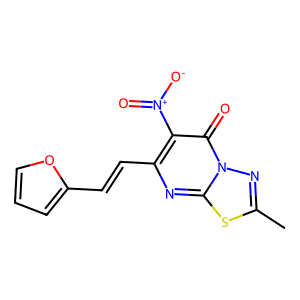
SMILES: Cc1nn2c(=O)c([N+](=O)[O-])c(C=Cc3ccco3)nc2s1
Inhibits HIV replication: No